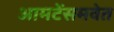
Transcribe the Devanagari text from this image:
आमटेंसमवेत